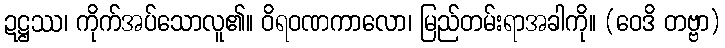
ဍဋ္ဌဿ၊ ကိုက်အပ်သောလူ၏။ ဝိရဝဏကာလော၊ မြည်တမ်းရာအခါကို။ (ဝေဒိ တဗ္ဗာ)